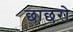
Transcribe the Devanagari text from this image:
छाछरो